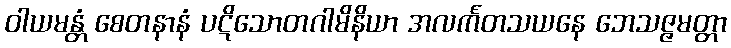
ဝါယမန္တံ စေတနာနံ ပဋိသောတဂါမိနိယာ အလင်္ကတသယနေ ဘေသဇ္ဇမတ္တာ